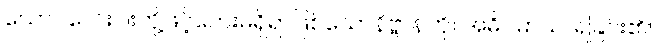
ယောဂလေးပါးတို့ဖြင့်ဘေးမရှိရာဖြစ်သောနိဗ္ဗာန်ကို။ အဓိဂမာယ၊ ရခြင်း၏။